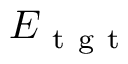
E _ { \mathrm { ~ t ~ g ~ t ~ } }